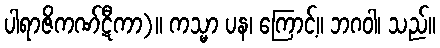
ပါရာဇိကဏ်ဋီကာ)။ ကသ္မာ ပန၊ ကြောင့်။ ဘဂဝါ၊ သည်။